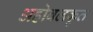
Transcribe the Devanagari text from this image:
अहोबलकृत